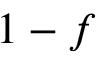
1 - f